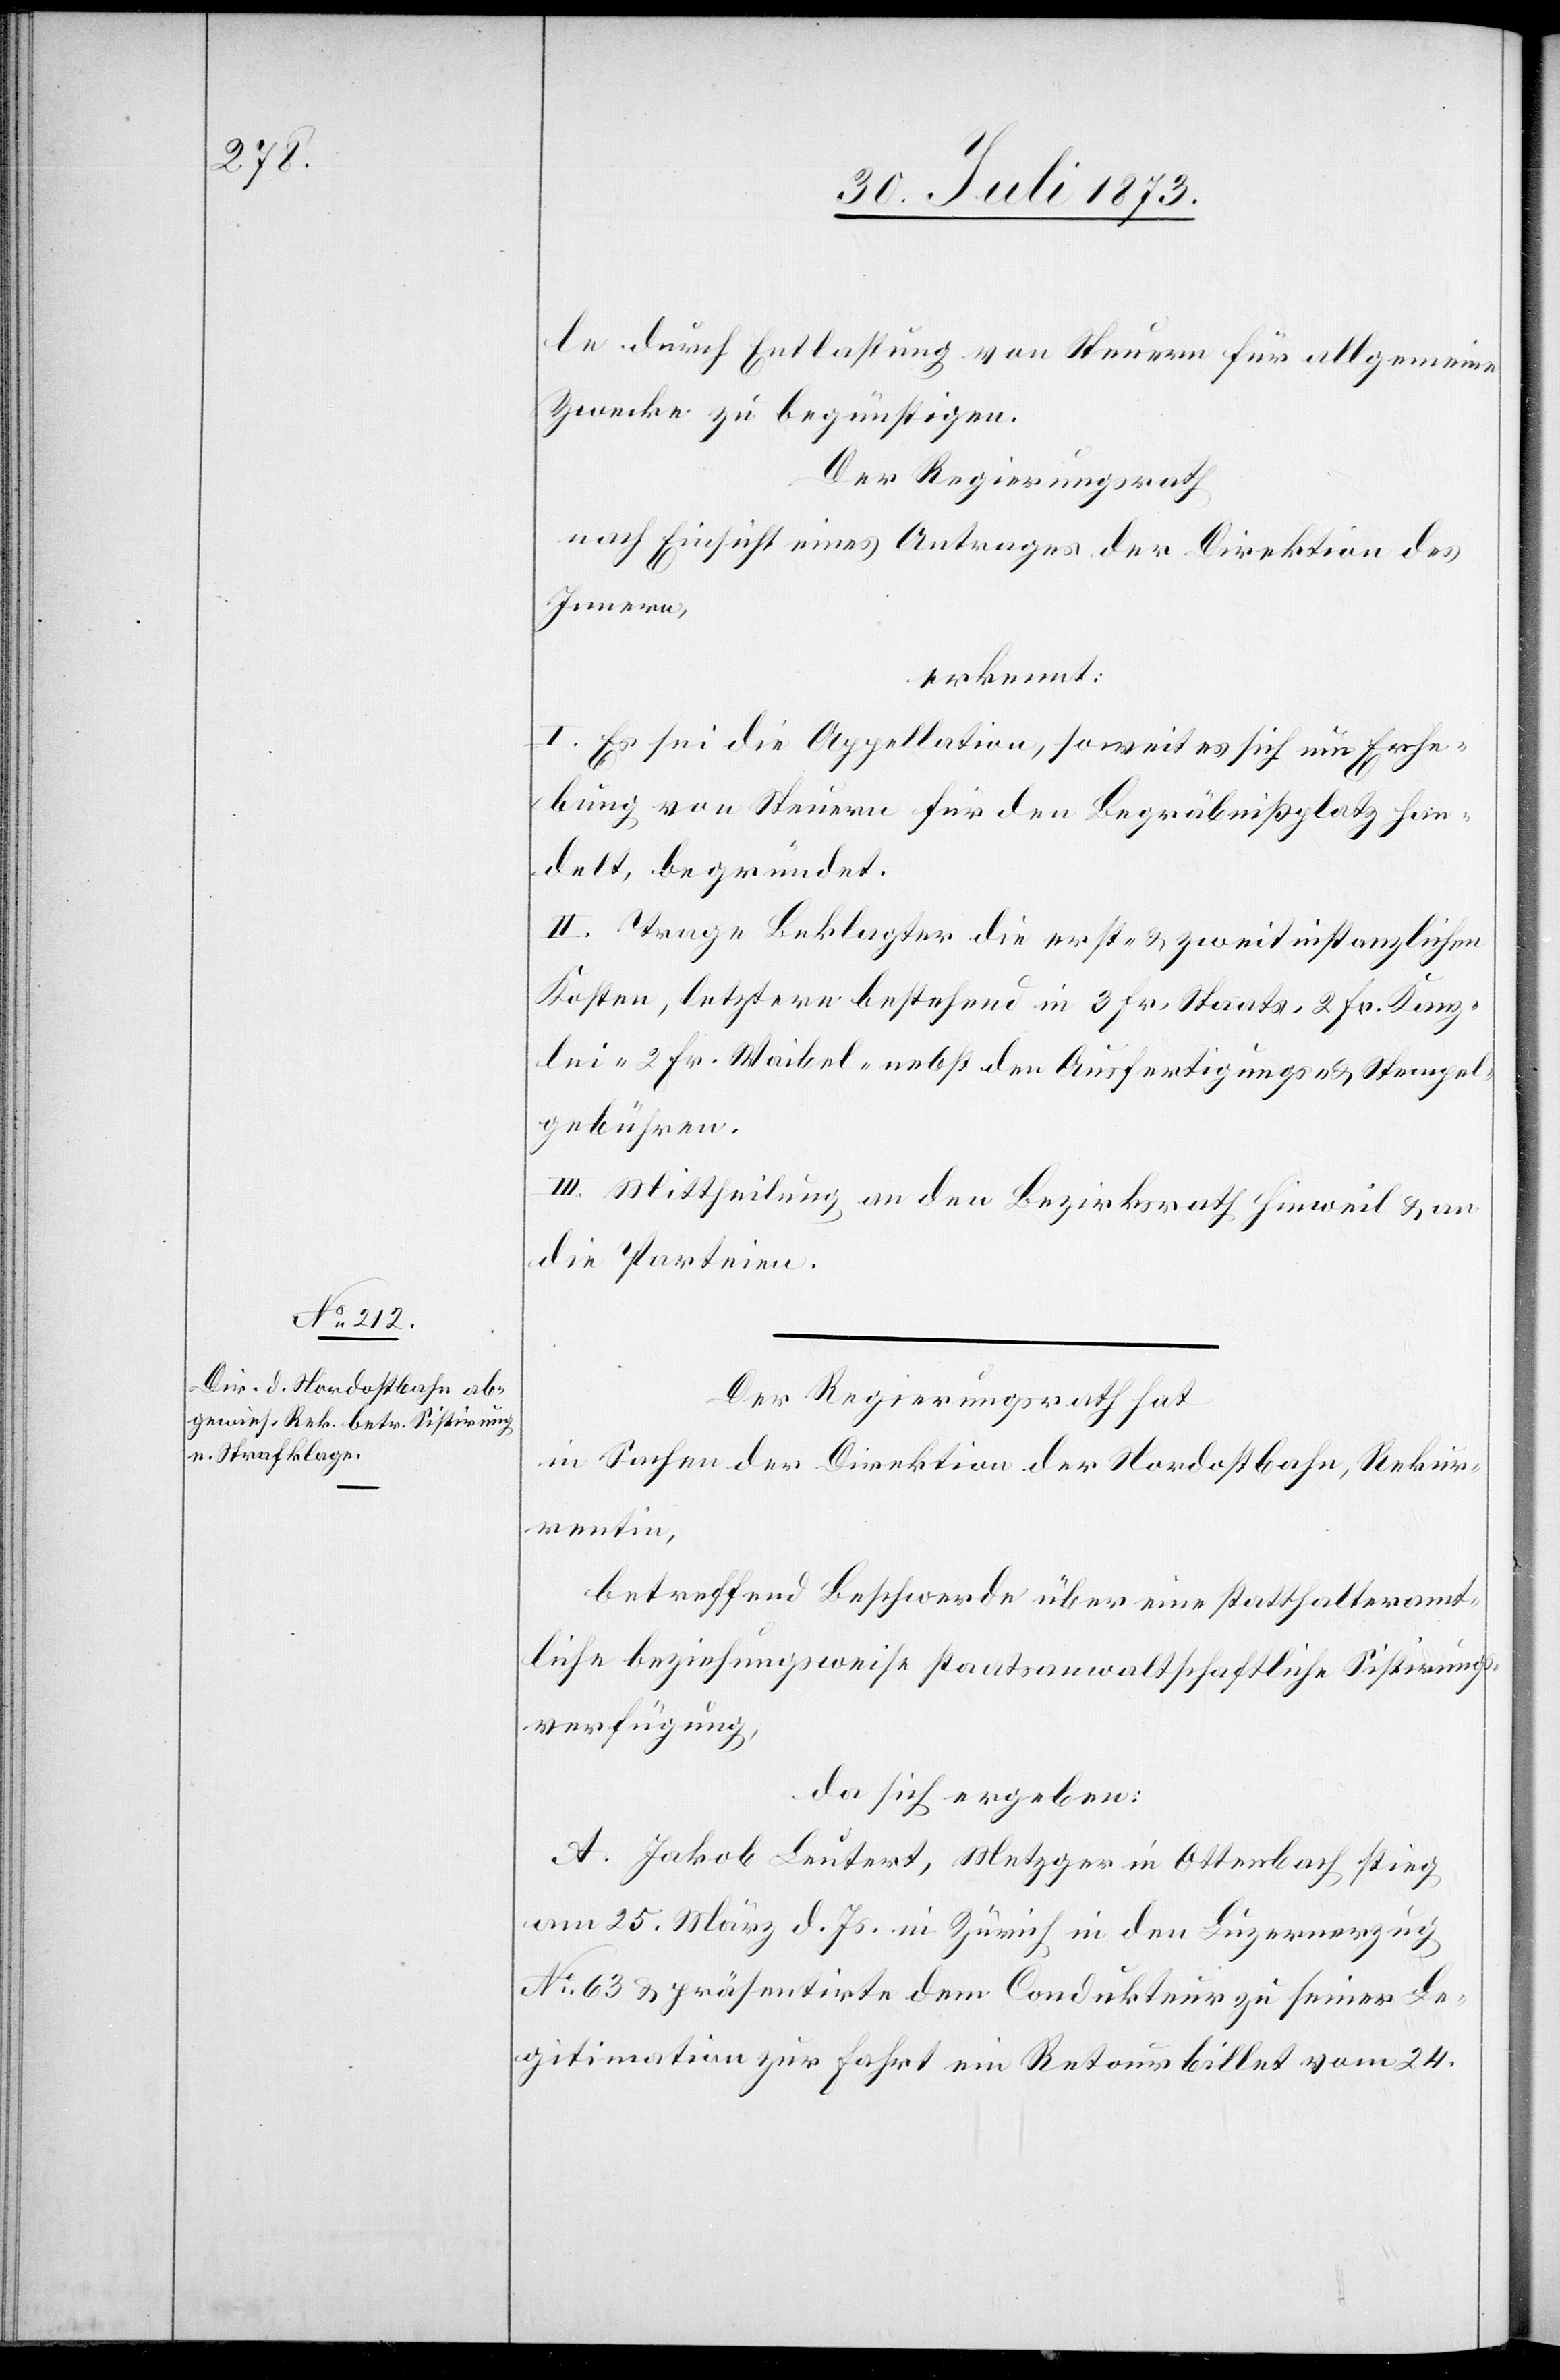
le durch Entlastung von Steuern für allgemeine
Zwecke zu begünstigen.
Der Regierungsrath
nach Einsicht eines Antrages der Direktion des
Innern,
erkennt:
I. Es sei die Appellation, soweit es sich um Erhe¬
bung von Steuern für den Begräbnißplatz han¬
delt, begründet.
II. Trage Beklagter die erst- & zweitinstanzlichen
Kosten, letztere bestehend in 3 Fr. Staats- 2 Fr. Kanz¬
lei- 2 Fr. Waibel- nebst den Ausfertigungs- & Stempel¬
gebühren.
III. Mittheilung an den Bezirksrath Hinweil & an
die Parteien.
Der Regierungsrath hat
in Sachen der Direktion der Nordostbahn, Rekur¬
rentin,
betreffend Beschwerde über eine statthalteramt¬
liche beziehungsweise staatsanwaltschaftliche Sistirungs¬
verfügung,
da sich ergeben:
A. Jakob Leutert, Metzger in Ottenbach stieg
am 25. März d. Js. in Zürich in den Luzernerzug
No 63 & präsentirte dem Condukteur zu seiner Le¬
gitimation zur Fahrt ein Retourbillet vom 24.